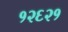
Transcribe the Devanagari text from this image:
१२६२१